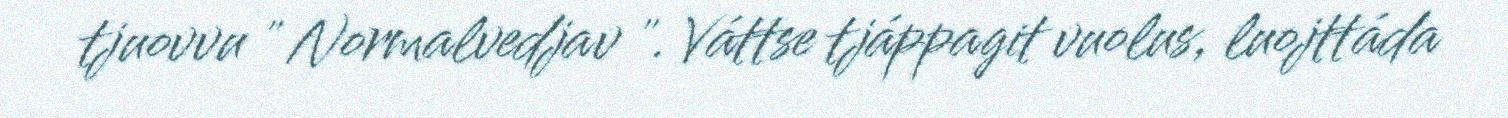
tjuovvu " Normalvedjav ". Váttse tjáppagit vuolus, luojttáda